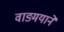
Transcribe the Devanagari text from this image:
वाङ्मयाने